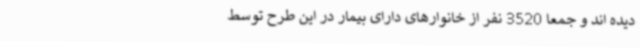
دیده اند و جمعا 3520 نفر از خانوارهای دارای بیمار در این طرح توسط